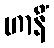
ဟာနိံ